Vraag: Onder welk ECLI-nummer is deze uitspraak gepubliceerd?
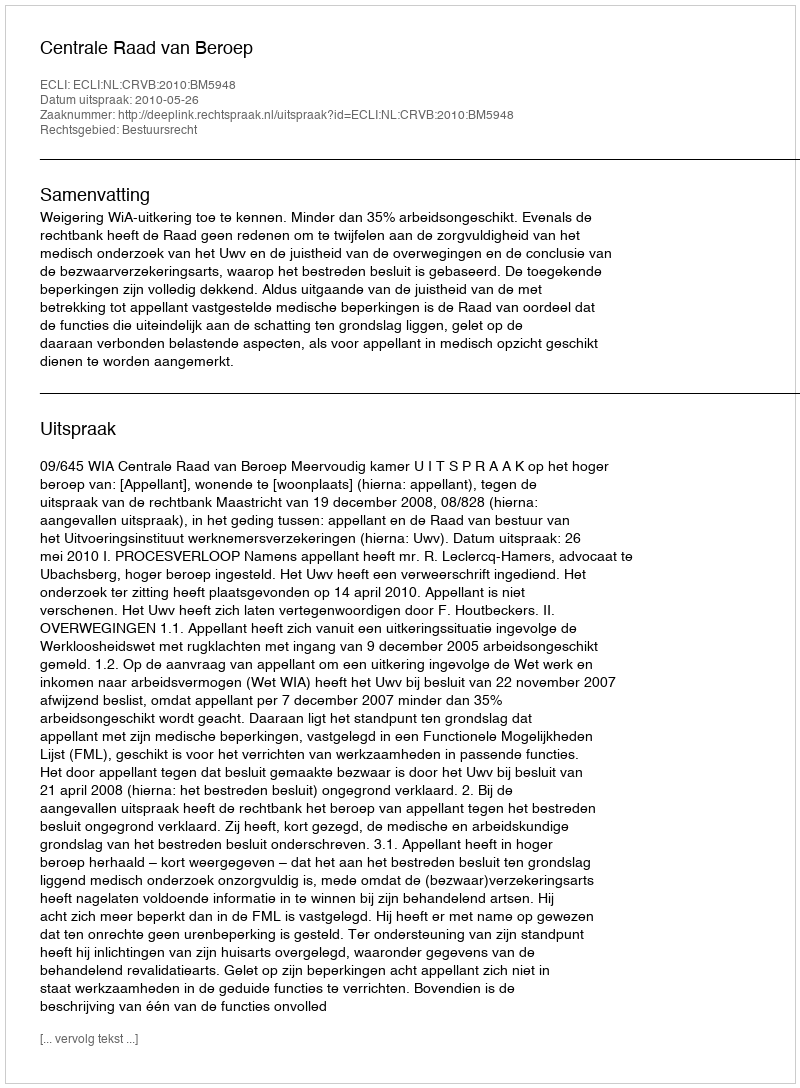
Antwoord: ECLI:NL:CRVB:2010:BM5948